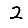
Digit: 2